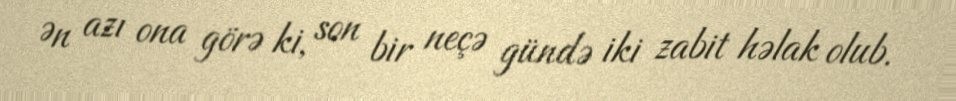
Ən azı ona görə ki, son bir neçə gündə iki zabit həlak olub.